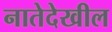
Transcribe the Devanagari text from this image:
नातेदेखील